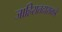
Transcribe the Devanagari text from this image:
जाहिरातदाराकडे